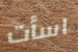
اسأت